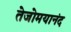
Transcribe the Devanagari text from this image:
तेजोमयानंद